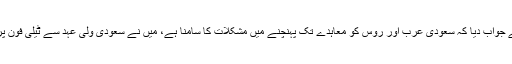
جب ان سے پوچھا گیا کہ انہوں نے سعودی ولی عہد سے کیا کہا تو ٹرمپ نے جواب دیا کہ سعودی عرب اور روس کو معاہدے تک پہنچنے میں مشکلات کا سامنا ہے، میں نے سعودی ولی عہد سے ٹیلی فون پر بات کی اور ہم پیداوار میں کمی کے معاہدے تک پہنچنے میں کامیاب رہے۔